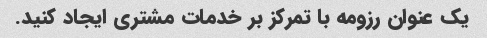
یک عنوان رزومه با تمرکز بر خدمات مشتری ایجاد کنید.